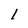
Character: 1